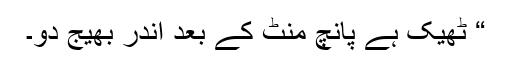
“ ٹھیک ہے پانچ منٹ کے بعد اندر بھیج دو۔